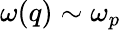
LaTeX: \omega(q)\sim\omega_{p}